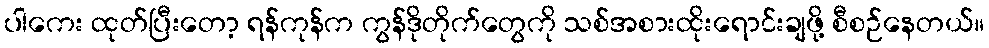
ပါကေး ထုတ်ပြီးတော့ ရန်ကုန်က ကွန်ဒိုတိုက်တွေကို သစ်အစားထိုးရောင်းချဖို့ စီစဉ်နေတယ်။